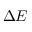
\Delta E